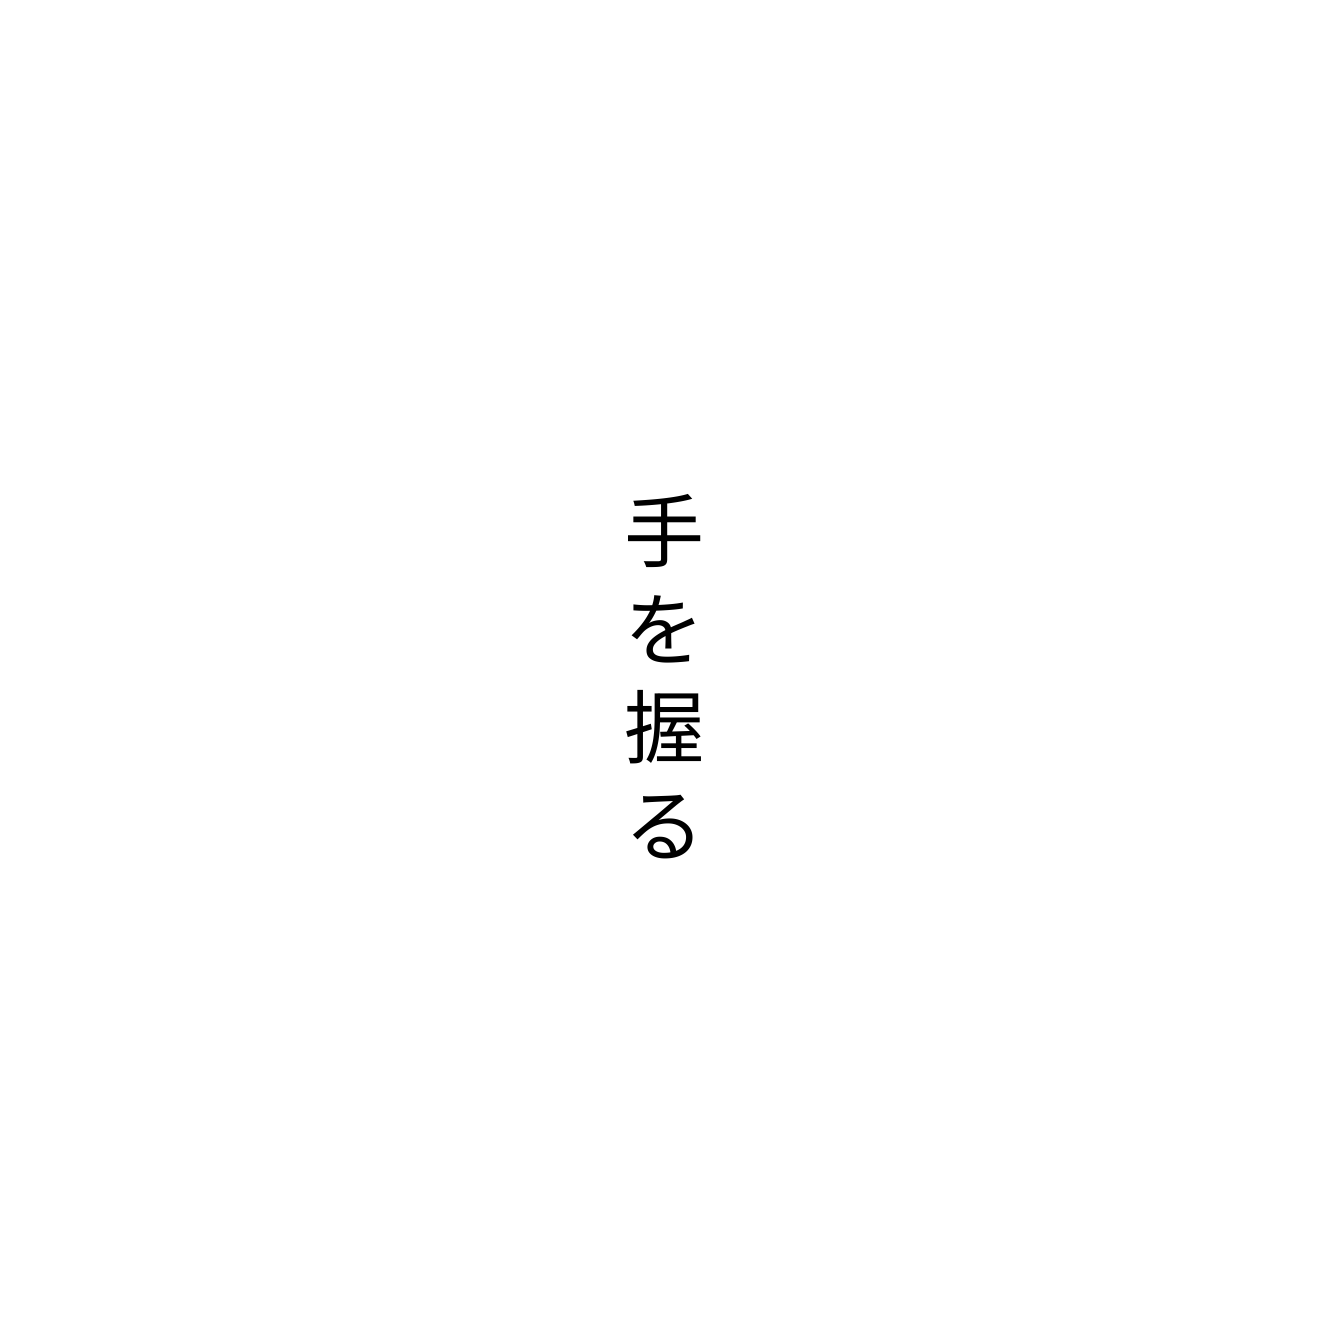
手を握る